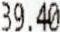
39.40